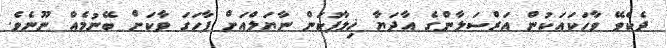
ދެކެވޭ ވާހަކައަކުން އަރްސަލާންގެ އާދަޔާ ޚިލާފުކަން ނާޔަލްއަށް ފާހަގަ ވާކަށް ބޭނުމެއް ނޫނެވެ.